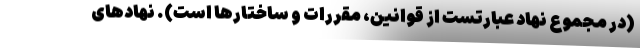
(در مجموع نهاد عبارتست از قوانین، مقررات و ساختارها است). نهادهای